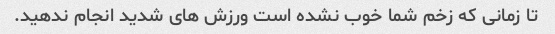
تا زمانی که زخم شما خوب نشده است ورزش های شدید انجام ندهید.